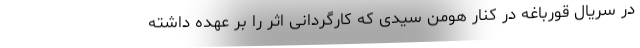
در سریال قورباغه در کنار هومن سیدی که کارگردانی اثر را بر عهده داشته